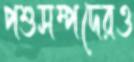
পশুসম্পদেরও